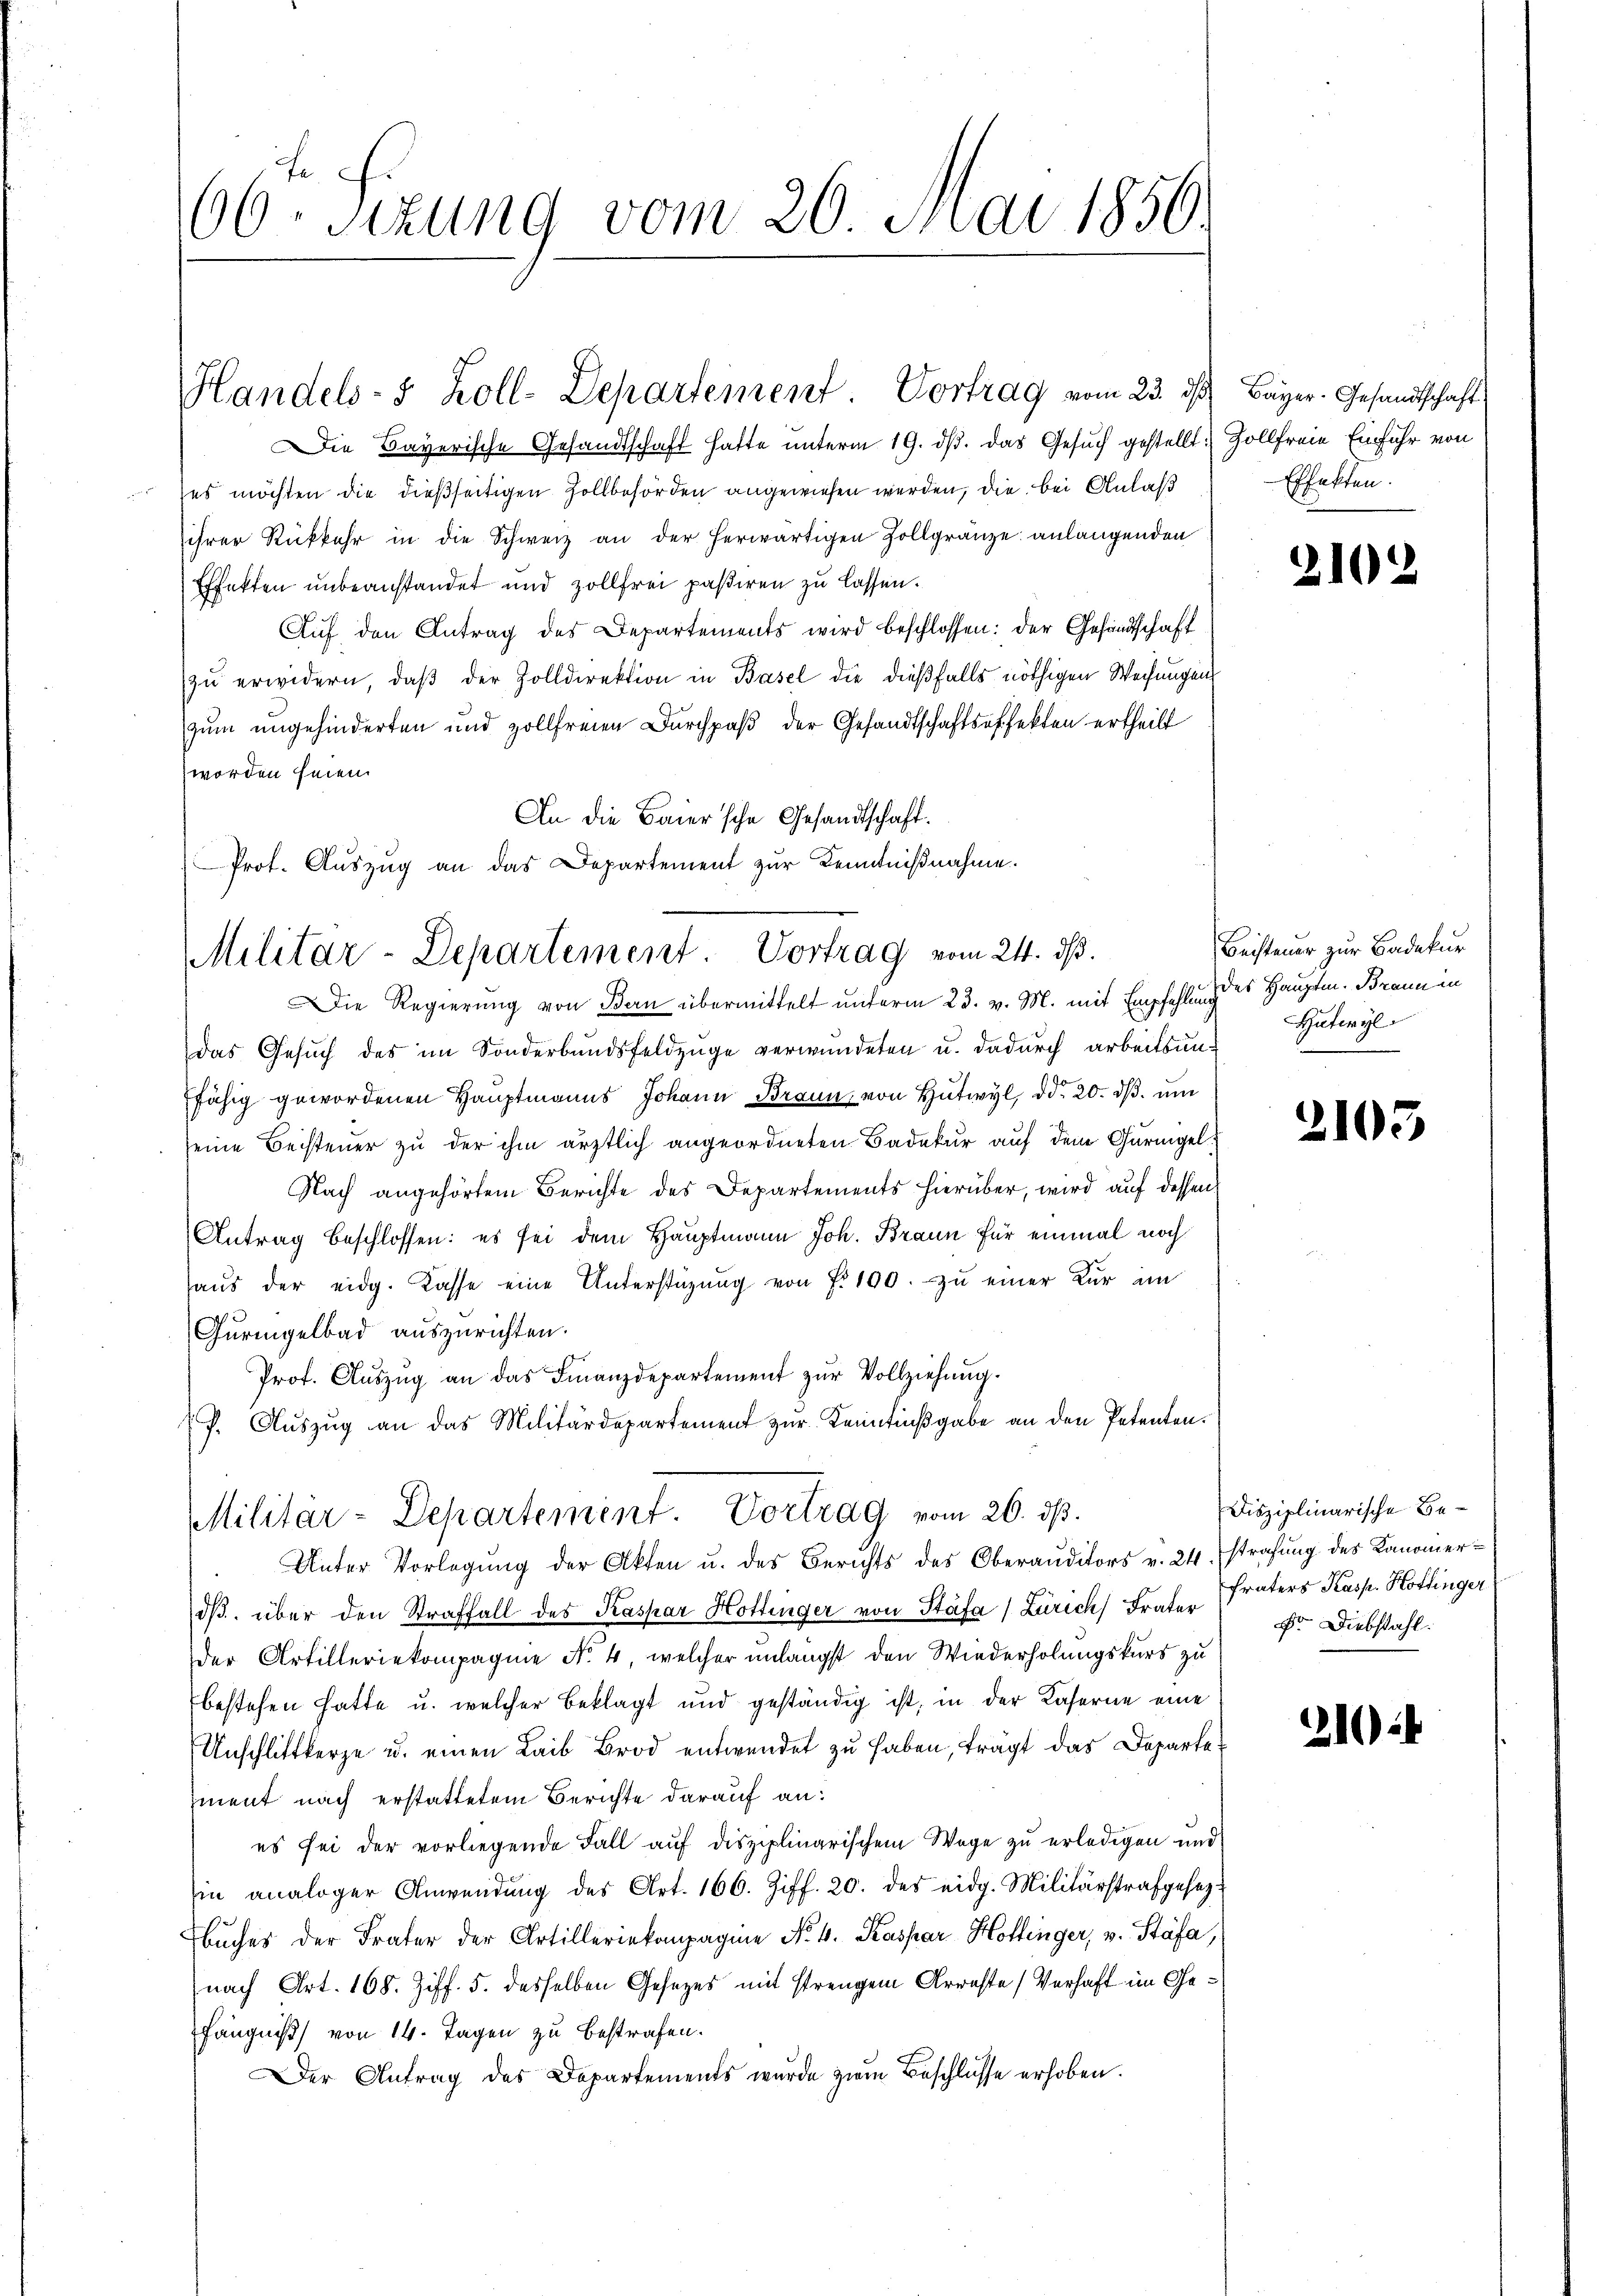
Fe
60 sizung vom 20. Mai 1856.

Die Bayerische Gesandtschaft hatte unterm 19. ds. das Gesuch gestellt: Zollfreie Einfuhr von
es möchten die dießseitigen Zollbehörden angewiesen werden, die bei Anlaß
ihrer Rückkehr in die Schweiz an der herwärtigen Zollgränze anlangenden
Effekten unbeanstandet und zollfrei paßiren zu lassen.
Auf den Antrag des Departements wird beschlossen: der Gesandtschaft
zŭ erwidern, daβ der Zolldirektion in Basel die dießfalls nöthigen Weisungen
zum angehinderten und zollfreien Durchpaß der Gesandtschaftsoffekten ertheilt
worden seien.
An die Baier’sche Gesandtschaft.
Die Regierung von Bern übermittelt unterm 23. v. M. mit Empfehlung
das Gesuch des im Sonderbundsfeldzüge verwundeten u. dadurch arbeitsunfähig gewordenen Hauptmanns Johann Braun, von Hutwyl ddo 20. dβ. um
seine Beisteuer zu der ihm ärztlich angeordneten Badekur auf dem Gurnigel
Nach angehörtem Berichte des Departements hierüber, wird auf dessen
Antrag beschlossen: es sei dem Hauptmann Joh. Braun für einmal noch
haŭs der eidg. Kasse eine Unterstützŭng von fr. 100. zŭ einer Kur im
Guringelbad auszurichten.
Prot. Aŭszŭg an das Finanzdepartement zŭr Vollziehung.
f. Aŭszŭg an das Militärdepartement zŭr Kenntißgabe an den Petenten.
Militar-Departement. Vortrag vom 26. ds.
Unter Vorlegung der Akten u. des Berichts des Oberauditors v. 24. strafung des Kanonierdβ über den Straffall des Kaspar Hottinger von Stäfa (Zürich Frater Hr. Diebstahl
der Artilleriekompagnie No. 4, welcher unlängst den Wiederholungskurs zu
bestehen hatte u. welcher Beklagt und geständig ist, in der Kaserne eine
Unschlittkerze u. einen Laib Brod entwendet zu haben, trägt das Departe
ment nach erstattetem Berichte darauf an:
es sei der vorliegende Fall auf disziplinarischem Wege zu erledigen und
hin analoger Anwendŭng des Art. 166. Ziff. 20. des eidg. Militärstrafgesezt
Buches der Frater der Artilleriekompagnie No. 4. Kaspar Hottinger, v. Stäfa,
nach Art. 168. Ziff. 5. desselben Gesezes mit strengem Arreste (Verhaft im Gefängniß von 14. Tagen zu bestrafen.
Der Antrag des Departements wurde zum Beschlüsse erhoben.

Handels- 5 Zoll-Departement. Vortrag vom 23. ds Bayer. Gesandtschaft

Prot. Aŭszŭg an das Departement zŭr Kenntniβnahme.
Militär-Departement. Vortrag vom 24. ds.

Effekten.

2102

Beisteuer zur Badekur
das Hauptm. Braun in
Hutwyl

2103

Disziplinarische Be¬
Fraters Kasp. Hoffinger

21024